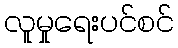
လူမှုရေးပင်စင်